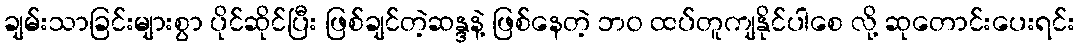
ချမ်းသာခြင်းများစွာ ပိုင်ဆိုင်ပြီး ဖြစ်ချင်တဲ့ဆန္ဒနဲ့ ဖြစ်နေတဲ့ ဘ၀ ထပ်တူကျနိုင်ပါစေ လို့ ဆုတောင်းပေးရင်း